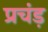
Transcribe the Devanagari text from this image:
प्रचंड़